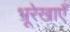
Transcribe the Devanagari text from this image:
भ्रूरेखाएँ